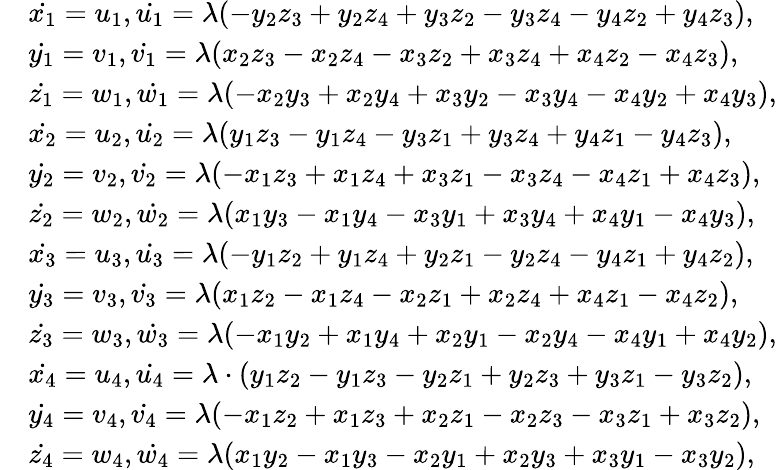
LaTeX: \begin{array}{rl}&{\dot{x_{1}}=u_{1},\dot{u_{1}}=\lambda(-y_{2}z_{3}+y_{2}z_{4}+y_{3}z_{2}-y_{3}z_{4}-y_{4}z_{2}+y_{4}z_{3}),}\\ &{\dot{y_{1}}=v_{1},\dot{v_{1}}=\lambda(x_{2}z_{3}-x_{2}z_{4}-x_{3}z_{2}+x_{3}z_{4}+x_{4}z_{2}-x_{4}z_{3}),}\\ &{\dot{z_{1}}=w_{1},\dot{w_{1}}=\lambda(-x_{2}y_{3}+x_{2}y_{4}+x_{3}y_{2}-x_{3}y_{4}-x_{4}y_{2}+x_{4}y_{3}),}\\ &{\dot{x_{2}}=u_{2},\dot{u_{2}}=\lambda(y_{1}z_{3}-y_{1}z_{4}-y_{3}z_{1}+y_{3}z_{4}+y_{4}z_{1}-y_{4}z_{3}),}\\ &{\dot{y_{2}}=v_{2},\dot{v_{2}}=\lambda(-x_{1}z_{3}+x_{1}z_{4}+x_{3}z_{1}-x_{3}z_{4}-x_{4}z_{1}+x_{4}z_{3}),}\\ &{\dot{z_{2}}=w_{2},\dot{w_{2}}=\lambda(x_{1}y_{3}-x_{1}y_{4}-x_{3}y_{1}+x_{3}y_{4}+x_{4}y_{1}-x_{4}y_{3}),}\\ &{\dot{x_{3}}=u_{3},\dot{u_{3}}=\lambda(-y_{1}z_{2}+y_{1}z_{4}+y_{2}z_{1}-y_{2}z_{4}-y_{4}z_{1}+y_{4}z_{2}),}\\ &{\dot{y_{3}}=v_{3},\dot{v_{3}}=\lambda(x_{1}z_{2}-x_{1}z_{4}-x_{2}z_{1}+x_{2}z_{4}+x_{4}z_{1}-x_{4}z_{2}),}\\ &{\dot{z_{3}}=w_{3},\dot{w_{3}}=\lambda(-x_{1}y_{2}+x_{1}y_{4}+x_{2}y_{1}-x_{2}y_{4}-x_{4}y_{1}+x_{4}y_{2}),}\\ &{\dot{x_{4}}=u_{4},\dot{u_{4}}=\lambda\cdot(y_{1}z_{2}-y_{1}z_{3}-y_{2}z_{1}+y_{2}z_{3}+y_{3}z_{1}-y_{3}z_{2}),}\\ &{\dot{y_{4}}=v_{4},\dot{v_{4}}=\lambda(-x_{1}z_{2}+x_{1}z_{3}+x_{2}z_{1}-x_{2}z_{3}-x_{3}z_{1}+x_{3}z_{2}),}\\ &{\dot{z_{4}}=w_{4},\dot{w_{4}}=\lambda(x_{1}y_{2}-x_{1}y_{3}-x_{2}y_{1}+x_{2}y_{3}+x_{3}y_{1}-x_{3}y_{2}),}\end{array}